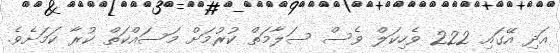
އަދި އޭގައި 222 ވެހިކަލް ވެސް ސަލާމަތް ކުރުމަށް މަސައްކަތް ކުރާ ކަމަށެވެ.